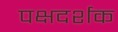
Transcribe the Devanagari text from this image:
पक्षदर्शक